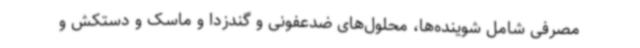
مصرفی شامل شوینده‌ها، محلول‌های ضدعفونی و گندزدا و ماسک و دستکش و